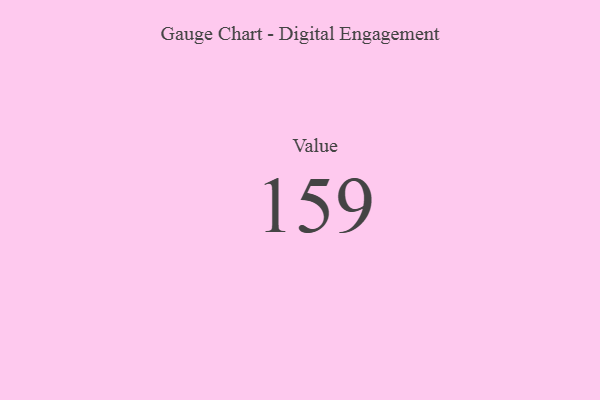
{"axis": {"x": "Metric", "y": "Value"}, "legend": [""], "data": [{"x": "Value", "y": 159, "type": ""}]}